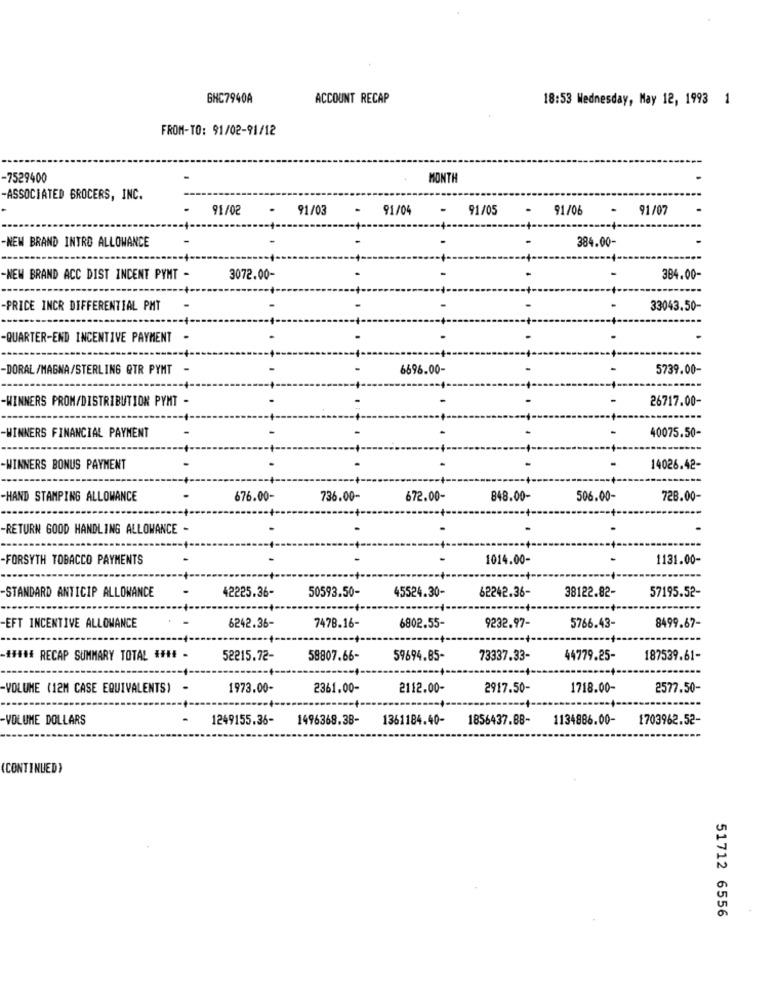
GHC7940A
ACCOUNT RECAP
18:53 Wednesday, May 12, 1993 1
FROM-TO: 91/02-91/12
-7529400
MONTH
-ASSOCIATED GROCERS, INC.
.
91/02
.
91/03
.
91/04
- 91/05
.
91/06
-
91/07
384.00-
-NEW BRAND INTRO ALLOWANCE
-NEW BRAND ACC DIST INCENT PYNT -
3072.00-
-
384.00-
-PRICE INCR DIFFERENTIAL PMT
-
33043.50-
-QUARTER-END INCENTIVE PAYMENT -
-DORAL /MAGNA/STERLING QTR PYMT -
6696.00-
5739.00-
-- +-
-WINNERS PROM/DISTRIBUTION PYNT -
-
26717.00-
-- +-
WINNERS FINANCIAL PAYMENT
-
40075.50-
-- +-
WINNERS BONUS PAYMENT
.
14026.42-
-HAND STAMPING ALLOWANCE
676.00-
736.00-
672.00-
848.00-
506.00-
728.00-
--- +-
-RETURN GOOD HANDLING ALLOWANCE -
-FORSYTH TOBACCO PAYMENTS
-
-
1014.00-
1131.00-
STANDARD ANTICIP ALLOWANCE
-
50593.50-
45524.30-
62242.36-
38122.82-
57195.52-
42225.36-
EFT INCENTIVE ALLOWANCE
6242.36-
7478.16-
6802.55-
9232.97-
5766.43-
8499.67-
-##### RECAP SUMMARY TOTAL ### -
52215.72-
58807.66-
59694.85-
73337.33-
44779.25-
187539.61-
VOLUME (12M CASE EQUIVALENTS) -
1973.00-
2361.00-
2112.00-
2917.50-
1718.00-
2577.50-
VOLUME DOLLARS
-
1249155.36-
1496368.38-
1361184.40-
1856437.88-
1134886.00-
1703962.52-
(CONTINUED)
51712 6556